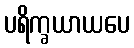
ပရိက္ခယာယပေ